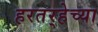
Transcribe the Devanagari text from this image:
हरतर्‍हेच्या